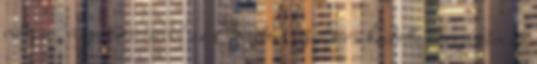
míg a "vigaszmeccsen" az Everton 3-0-ra kiütötte idegenben az